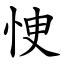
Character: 㤤